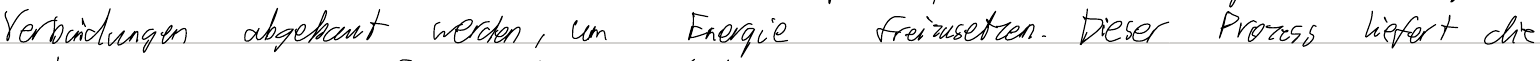
Verbindungen abgebaut werden, um Energie freizusetzen. Dieser Prozess liefert die